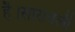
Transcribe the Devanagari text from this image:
है।सारावली